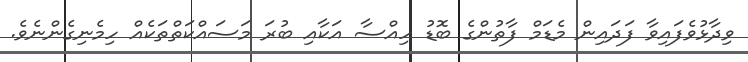
ވިދާޅުވެފައިވާ ފަދައިން މެޑަމް ފާތުންގެ ބޮޑު ހިއްސާ އަކާއި ބުރަ މަސައްކަތްތަކެއް ހިމެނިގެންނެވެ.